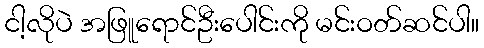
ငါ့လိုပဲ အဖြူရောင်ဦးပေါင်းကို မင်းဝတ်ဆင်ပါ။